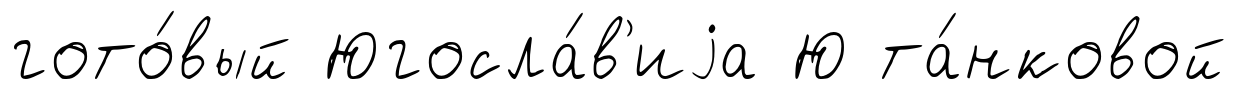
гото́вый Югосла́в'иjа Ю та́нковой